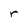
Character: r